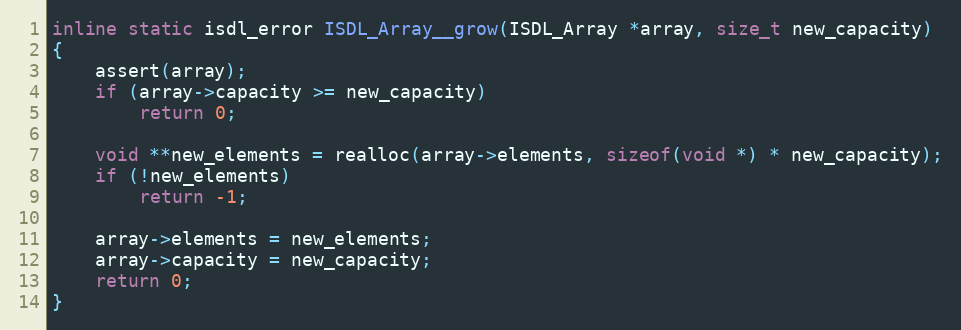
Language: C
inline static isdl_error ISDL_Array__grow(ISDL_Array *array, size_t new_capacity)
{
    assert(array);
    if (array->capacity >= new_capacity)
        return 0;

    void **new_elements = realloc(array->elements, sizeof(void *) * new_capacity);
    if (!new_elements)
        return -1;

    array->elements = new_elements;
    array->capacity = new_capacity;
    return 0;
}